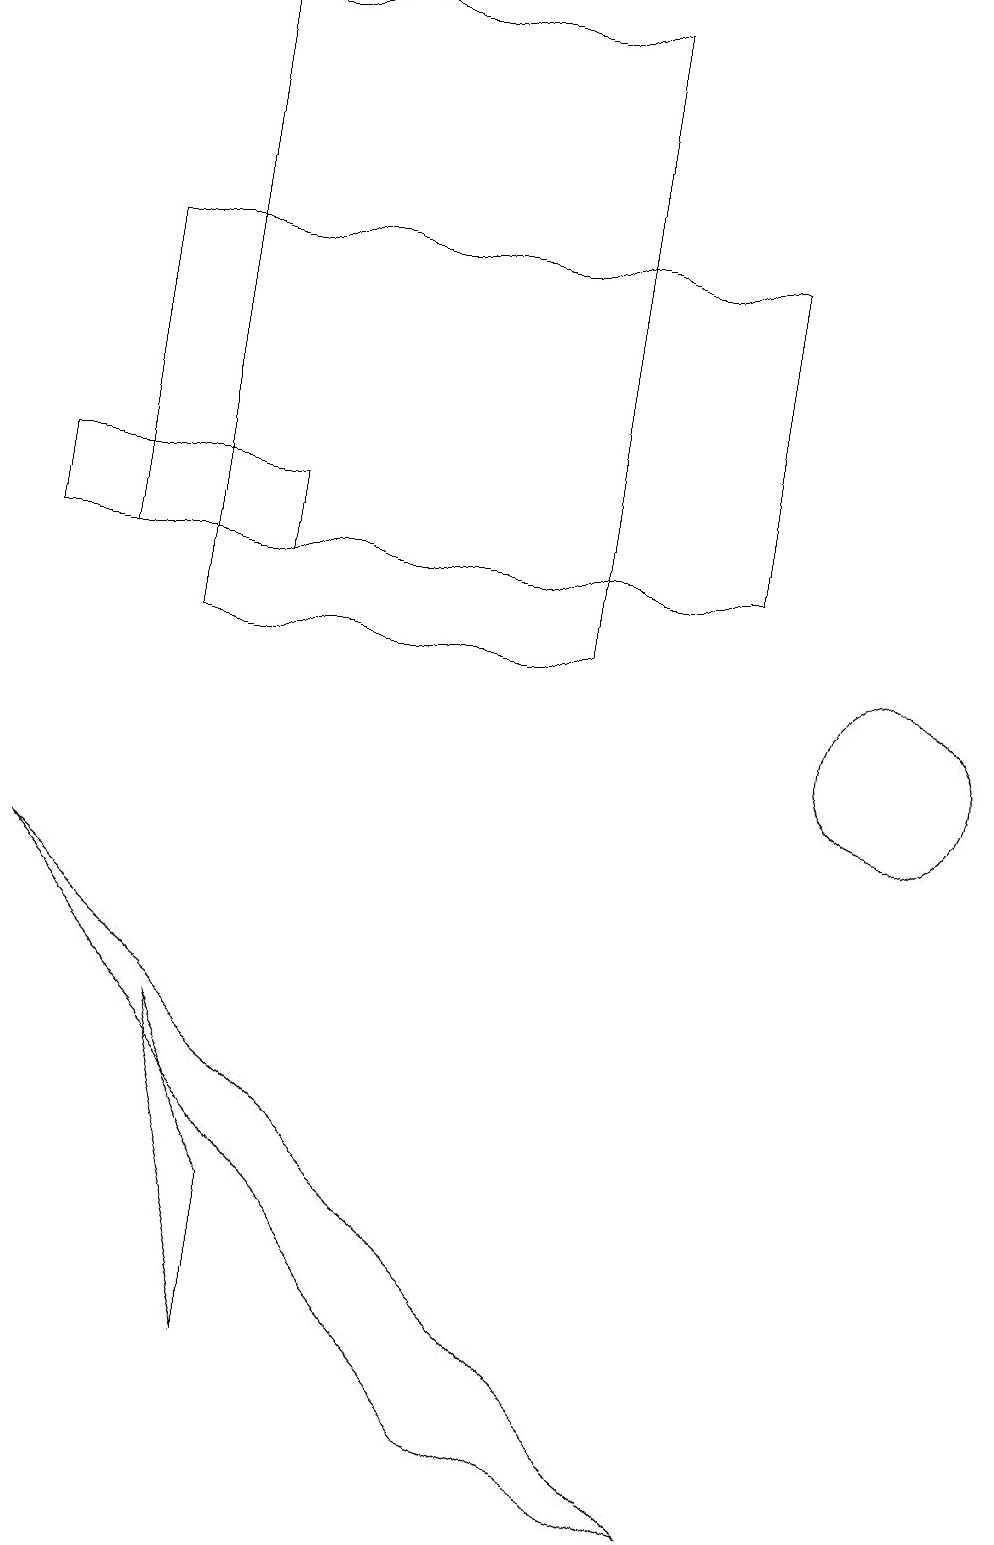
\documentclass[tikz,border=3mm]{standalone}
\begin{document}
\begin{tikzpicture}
\draw (4,19) rectangle (6,19);
\draw (2,19) rectangle (7,11);
\draw (6,1) -- (9,0) -- (0,8) -- cycle;
\draw (0,12) rectangle (3,13);
\draw (11,10) circle (1);
\draw (1,16) rectangle (9,12);
\draw (3,2) -- (3,4) -- (2,6) -- cycle;
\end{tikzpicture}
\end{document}